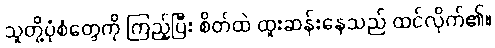
သူတို့ပုံစံတွေကို ကြည့်ပြီး စိတ်ထဲ ထူးဆန်းနေသည် ထင်လိုက်၏။